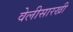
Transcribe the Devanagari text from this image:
वेलीसारखी